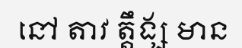
នៅ តាវ ត្តឹង្ស មាន